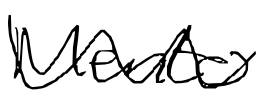
Text: Mento
Cross-out: wave
Writing tool: digital_black